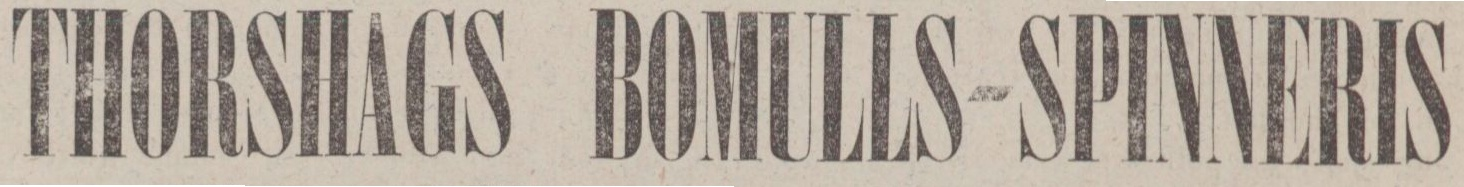
THORSHAGS BOMULLS-SPINNERIS